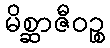
မိစ္ဆာဇီဝဉ္စ